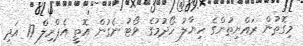
މިގޮތުން ރައްޔިތުންގެ ހިޔާލު ހޯދުމުގެ ވޯޓު ނެގުން އޮތީ އެޕްރިލް 17 އަދި